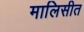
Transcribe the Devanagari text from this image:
मालिसीत